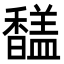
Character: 𩡚